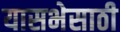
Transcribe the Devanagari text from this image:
यासभेसाठी